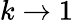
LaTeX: k\rightarrow 1